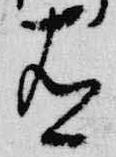
有